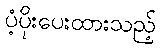
ပံ့ပိုးပေးထားသည့်